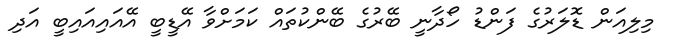
މިލިއަން ޑޮލަރުގެ ފަންޑު ހޯދާނީ ބޭރުގެ ބޭންކުތައް ކަމަށްވާ އޭޑީބީ އޭއައިއައިބީ އަދި